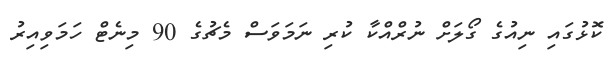
ކޮޅުގައި ނިއުގެ ގޯލަށް ނުރްއްކާ ކުރި ނަމަވަސް މެޗުގެ 90 މިނެޓް ހަމަވިއިރު